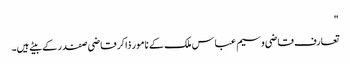
"
تعارف قاضی وسیم عباس ملک کے نامور ذاکر قاضی صفدر کے بیٹے ہیں۔